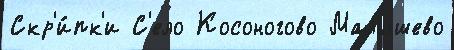
Скр'и́пк'и С'ело Косоногово Малышево